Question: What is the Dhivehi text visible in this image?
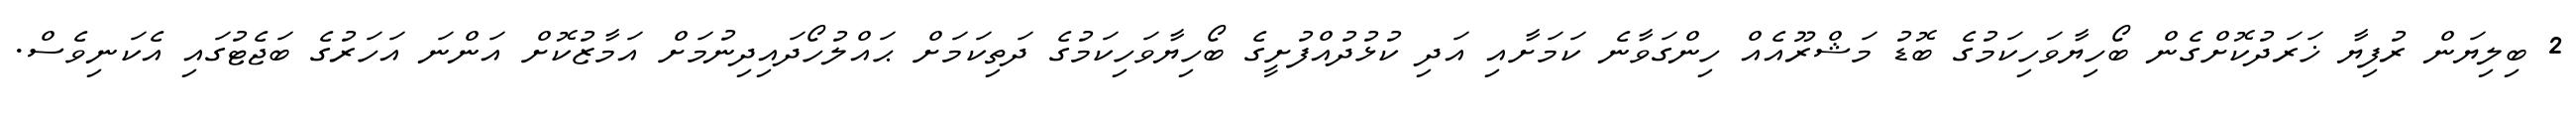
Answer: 2 ބިލިޔަން ރުފިޔާ ޚަރަދުކޮށްގެން ބޯހިޔާވަހިކަމުގެ ބޮޑު މަޝްރޫއެއް ހިންގަވާނެ ކަމަށާއި އަދި ކުޅުދުއްފުށީގެ ބޯހިޔާވަހިކަމުގެ ދަތިކަމަށް ޙައްލުހޯދައިދިނުމަށް އަމާޒުކޮށް އަންނަ އަހަރުގެ ބަޖެޓުގައި އެކަނިވެސް.